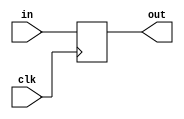
/*
 * D-flipflop module, just show off some verilog
 */
module flipflop (
  input      clk,
  input      in,
  output     out);
  
  reg out_ff = 0;
  
  assign out = out_ff;
  
  always @ (posedge clk)
  begin
		out_ff <= in;
  end
endmodule